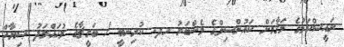
ރައީސްކަމުގެ މަޤާމަށް ކައުންސިލްގެ މެންބަރު ހދ. ކުރިނބީ / ބަގީޗާގެ މުޙައްމަދު ޞިޔާޙް